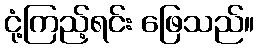
ငုံ့ကြည့်ရင်း ဖြေသည်။